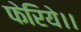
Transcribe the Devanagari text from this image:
फेरिये।।